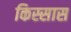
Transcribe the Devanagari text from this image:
किस्सास